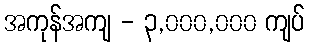
အကုန်အကျ - ၃,၀၀၀,၀၀၀ ကျပ်